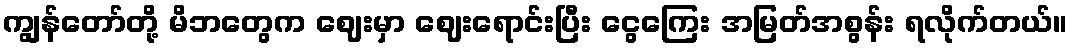
ကျွန်တော်တို့ မိဘတွေက ဈေးမှာ ဈေးရောင်းပြီး ငွေကြေး အမြတ်အစွန်း ရလိုက်တယ်။